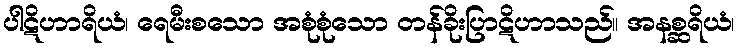
ပါဋိဟာရိယံ၊ ရေမီးစသော အစုံစုံသော တန်ခိုးပြာဋိဟာသည်။ အနစ္ဆရိယံ၊